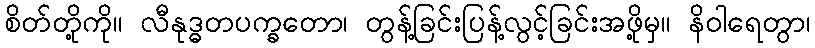
စိတ်တို့ကို။ လီနုဒ္ဓတပက္ခတော၊ တွန့်ခြင်းပြန့်လွင့်ခြင်းအဖို့မှ။ နိဝါရေတွာ၊